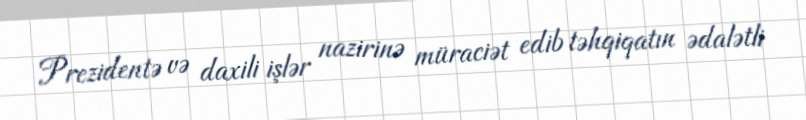
Prezidentə və daxili işlər nazirinə müraciət edib təhqiqatın ədalətli